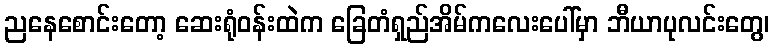
ညနေစောင်းတော့ ဆေးရုံဝန်းထဲက ခြေတံရှည်အိမ်ကလေးပေါ်မှာ ဘီယာပုလင်းတွေ၊